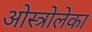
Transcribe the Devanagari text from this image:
ओस्त्रोलेका